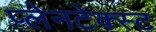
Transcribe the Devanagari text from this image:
प्लेनटेक्स्ट